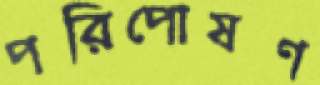
পরিপোষণ